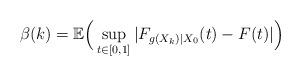
LaTeX: \begin{align*}\beta(k)={\mathbb E}\Big( \sup_{t \in [0,1]}|F_{g(X_k)|X_0}(t)-F(t)|\Big)\end{align*}